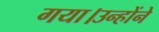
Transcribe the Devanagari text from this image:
गया।उन्होंने